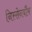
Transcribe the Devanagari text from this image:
निस्सेनबौम